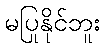
မပြုနိုင်ဘူး